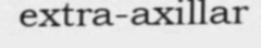
extra-axillar